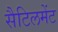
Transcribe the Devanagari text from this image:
सैटिलमेंट